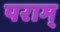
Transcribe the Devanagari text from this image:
पराम्